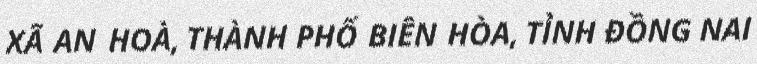
XÃ AN HOÀ, THÀNH PHỐ BIÊN HÒA, TỈNH ĐỒNG NAI